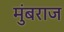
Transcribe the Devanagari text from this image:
मुंबराज